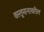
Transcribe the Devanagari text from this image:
वस्तूमानावरील